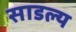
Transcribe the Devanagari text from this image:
साडल्य